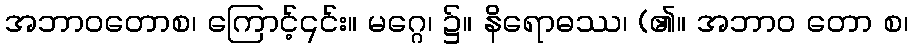
အဘာဝတောစ၊ ကြောင့်၎င်း။ မဂ္ဂေ၊ ၌။ နိရောဓဿ၊ (၏။ အဘာဝ တော စ၊